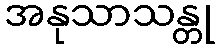
အနုသာသန္တု